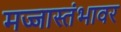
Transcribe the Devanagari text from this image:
मज्जास्तंभावर